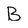
Character: B